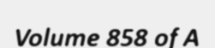
Volume 858 of A